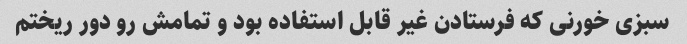
سبزى خورنى که فرستادن غیر قابل استفاده بود و تمامش رو دور ریختم